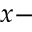
x -